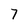
Character: 7